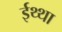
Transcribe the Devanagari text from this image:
ईथ्था